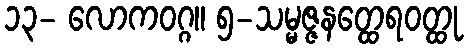
၁၃- လောကဝဂ္ဂ။ ၅-သမ္မဇ္ဇနတ္ထေရဝတ္ထု